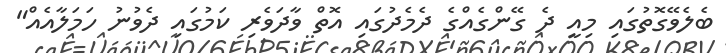
ބެލެވޭގޮތުގައި މިއީ ދެ ގޭންގެއްގެ ދެމެދުގައި އޮތް ވާދަވެރި ކަމުގައި ދެވުނު ހަމަލާއެއް"